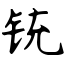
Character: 铳